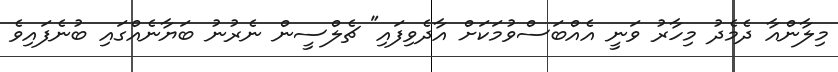
މިލާންއާ ދެމެދު މިހާރު ވަނީ އެއްބަސްވުމަކަށް އާދެވިފައި" ޗެލްސީން ނެރުނު ބަޔާނެއްގައި ބުނެފައިވެ